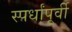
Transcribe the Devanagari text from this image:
स्पर्धांपूर्वी